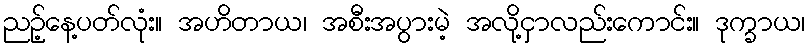
ညဉ့်နေ့ပတ်လုံး။ အဟိတာယ၊ အစီးအပွားမဲ့ အလို့ငှာလည်းကောင်း။ ဒုက္ခာယ၊